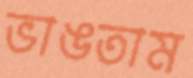
ভাঙতাম